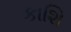
કાશિ